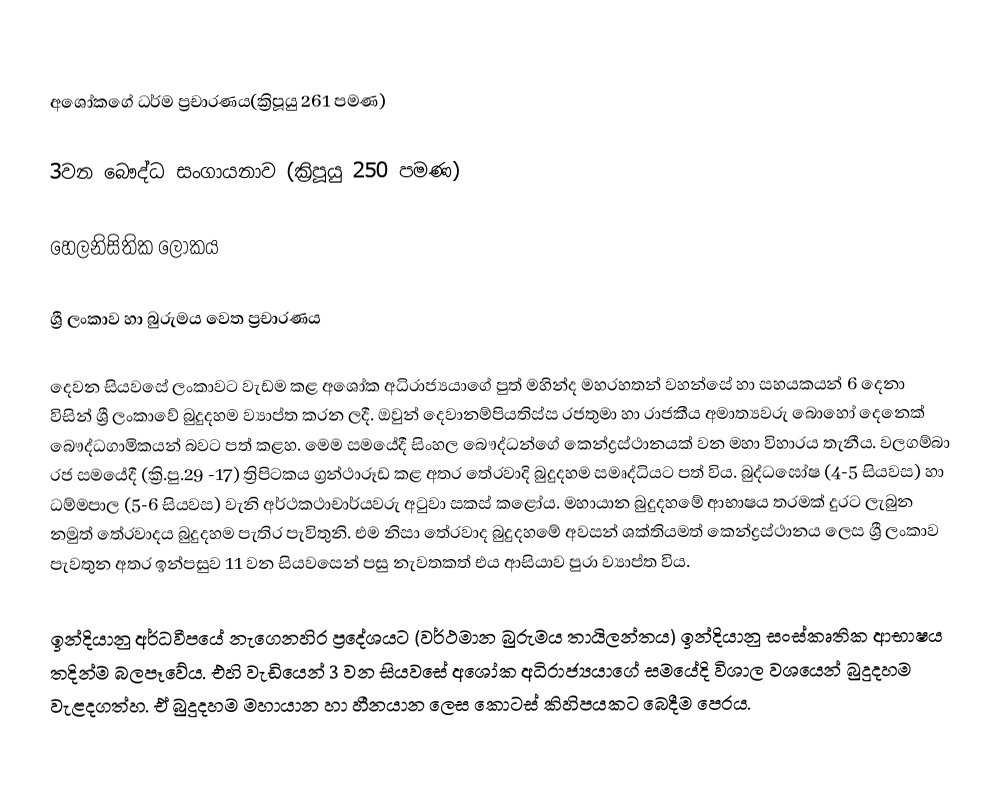

අශෝකගේ ධර්ම ප්‍රචාරණය(ක්‍රිපූයු 261 පමණ)

3වන බෞද්ධ සංගායනාව (ක්‍රිපූයු 250 පමණ)

හෙලනිසිතික ලෝකය

ශ්‍රී ලංකාව හා බුරුමය වෙත ප්‍රචාරණය

දෙවන ‍සියවසේ ලංකාවට වැඩම කළ අශෝක අධිරාජ්‍යයාගේ පුත් මහින්ද මහරහතන් වහන්සේ හා සහයකයන් 6 දෙනා විසින් ශ්‍රී ලංකාවේ බුදුදහම ව්‍යාප්ත කරන ලදී. ඔවුන් දෙවානම්පියතිස්ස රජතුමා හා රාජකීය අමාත්‍යවරු බොහෝ දෙනෙක් බෞද්ධගාමිකයන් බවට පත් කළහ. මෙම සමයේදී සිංහල බෞද්ධන්ගේ කෙන්ද්‍රස්ථානයක් වන මහා විහාරය තැනීය. වලගම්බා රජ සමයේදී (ක්‍රි.පු.29 -17) ත්‍රිපිටකය ග්‍රන්ථාරූඩ කළ අතර තේරවාදි බුදුදහම සමෘද්ධියට පත් විය. බුද්ධඝෝෂ (4-5 සියවස) හා ධම්මපාල (5-6 සියවස) වැනි අර්ථකථාචාර්යවරු අටුවා සකස් ‍ක‍ළෝය. මහායාන බුදුදහමේ ආභාෂය තරමක් දුරට ලැබුන නමුත් තේරවාදය බුදුදහම පැතිර පැවිතුනි. එම නිසා තේරවාද බුදුදහමේ අවසන් ශක්තියමත් කෙන්ද්‍රස්ථානය ලෙස ශ්‍රී ලංකාව පැවතුන අතර ඉන්පසුව 11 වන සියවසෙන් පසු නැවතකත් එය ආසියාව පුරා ව්‍යාප්ත විය.

ඉන්දියානු අර්ධවීපයේ නැගෙනහිර ප්‍රදේශයට (වර්ථමාන බුරුමය තායිලන්තය) ඉන්දියානු සංස්කෘතික ආභාෂය තදින්ම බලපෑවේය. එහි වැඩියෙන් 3 වන සියවසේ අශෝක අධිරාජ්‍යයාගේ සමයේදි විශාල වශයෙන් බුදුදහම වැළදගත්හ. ඒ බුදුදහම මහායාන හා හීනයාන ලෙස කොටස් කිහිපයකට බෙදීම පෙරය.